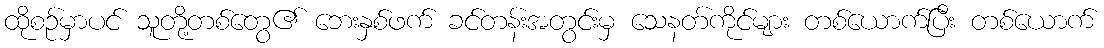
ထိုစဉ်မှာပင် သူတို့တစ်တွေ၏ ဘေးနှစ်ဖက် ခင်တန်းအတွင်းမှ သေနတ်ကိုင်များ တစ်ယောက်ပြီး တစ်ယောက်